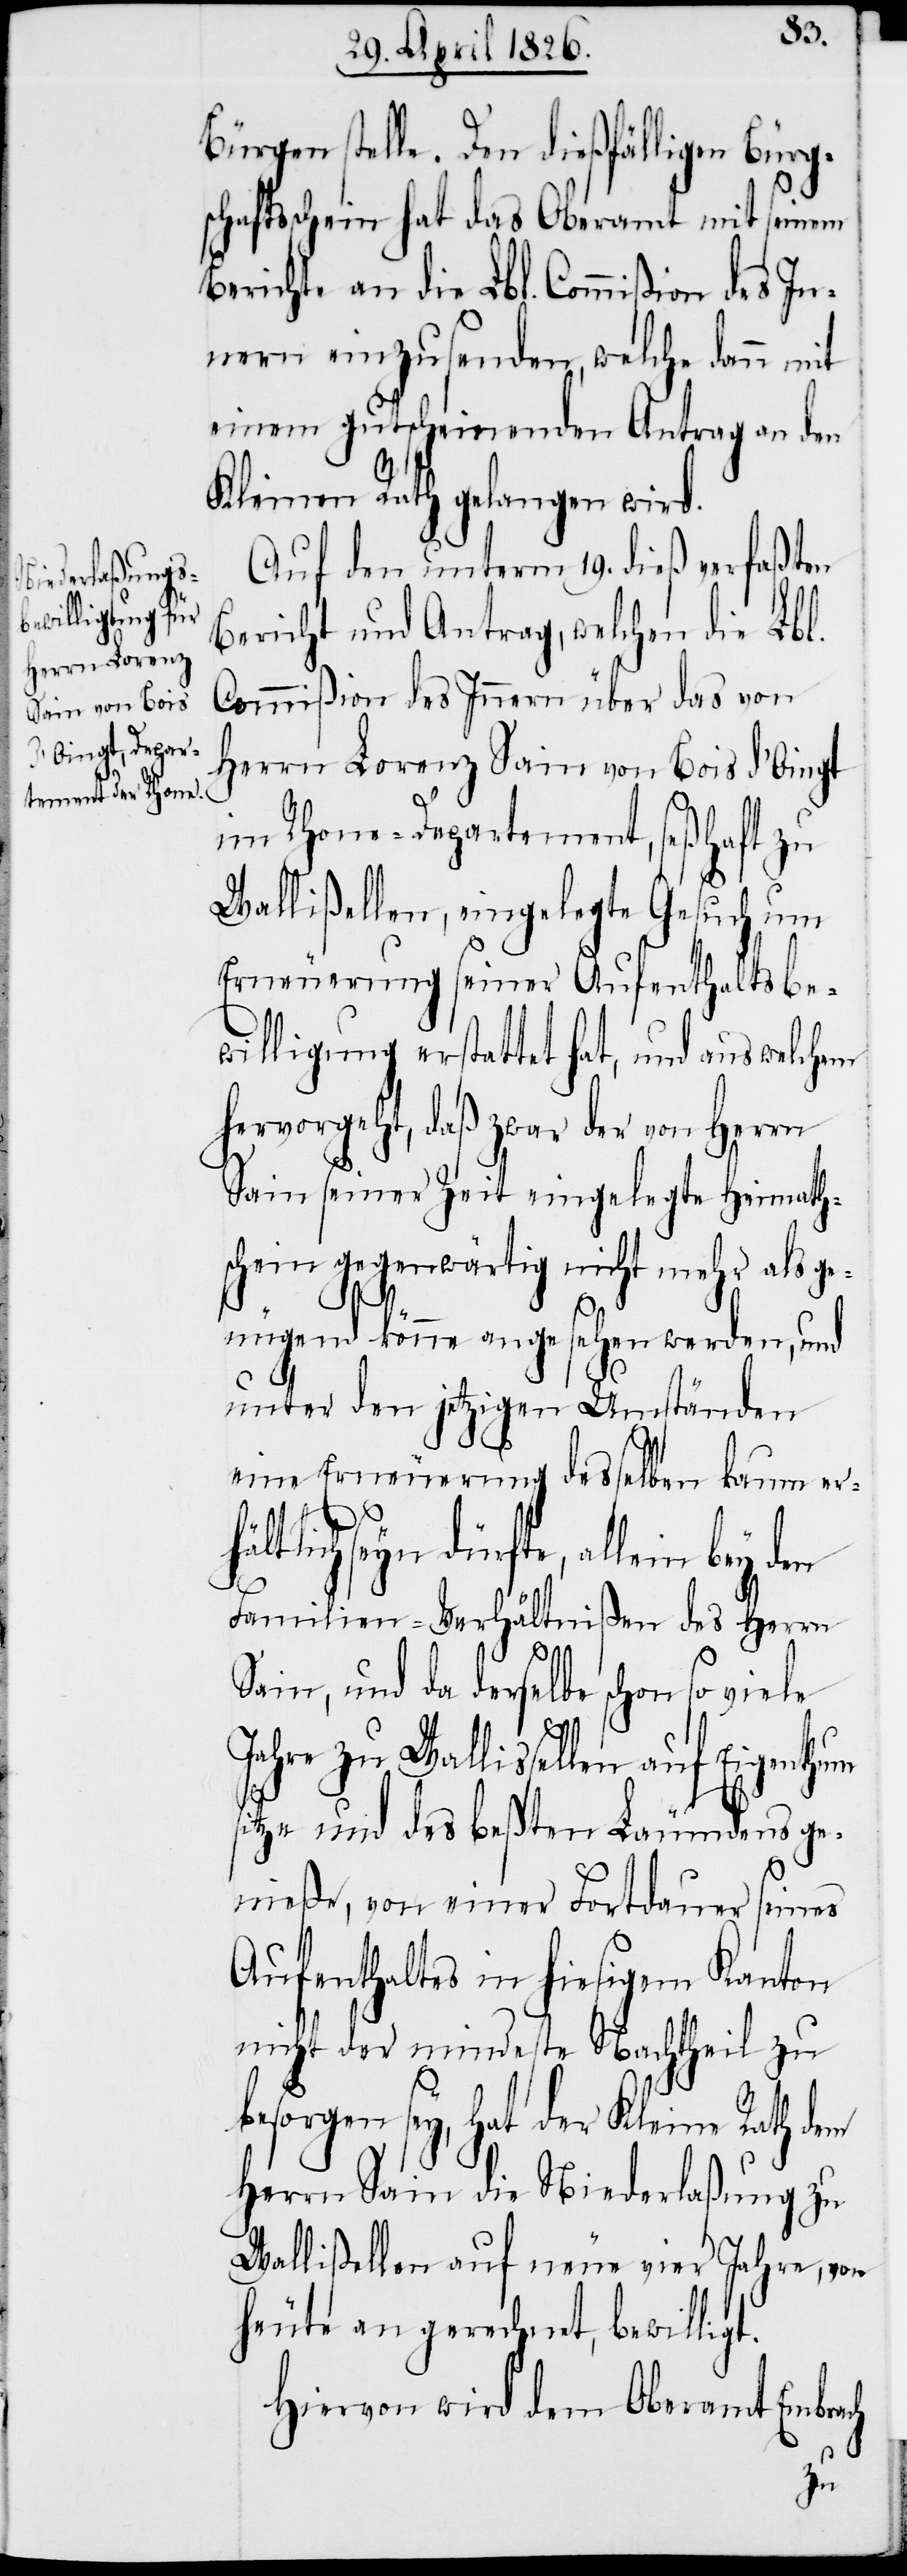
Bürgen stelle. Den dießfälligen Bürg¬
schaftsschein hat das Oberamt mit seinem
Berichte an die Lbl. Commißion des In¬
nern einzusenden, welche dann mit
einem gutscheinenden Antrag an den
Kleinen Rath gelangen wird.
Auf den unterm 19. dieß verfaßten
Bericht und Antrag, welchen die Lbl.
Commißion des Innern über das von
Herrn Lorenz Sain von Bois d’Oingt
im Rhone-Departement, seßhaft zu
Wallißellen, eingelegte Gesuch um
Erneuerung seiner Aufenthaltsbe¬
willigung erstattet hat, und aus welchem
hervorgeht, daß zwar der von Herrn
Sain seiner Zeit eingelegte Heimath¬
schein gegenwärtig nicht mehr als ge¬
nügend könne angesehen werden, und
unter den jetzigen Umständen
eine Erneuerung desselben kaum erh¬
ältlich seyn dürfte, allein bey
Familien-Verhältnißen des Herrn
Sain, und da derselbe schon so viele
Jahre zu Wallissellen auf Eigenthum
sitze und des beßten Läumundes ge¬
nieße, von einer Fortdauer seines
Aufenthaltes in hiesigem Kanton
nicht der mindeste Nachttheil zu
besorgen sey, hat der Kleine Rath dem
Herrn Sain die Niederlaßung zu
Wallißellen auf neue vier Jahre, von
heute an gerechnet, bewilligt.
Hiervon wird dem Oberamt Embrach